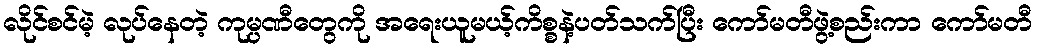
လိုင်စင်မဲ့ လုပ်နေတဲ့ ကုမ္ပဏီတွေကို အရေးယူမယ့်ကိစ္စနဲ့ပတ်သက်ပြီး ကော်မတီဖွဲ့စည်းကာ ကော်မတီ